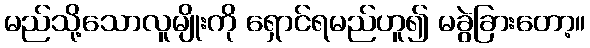
မည်သို့သောလူမျိုးကို ရှောင်ရမည်ဟူ၍ မခွဲခြားတော့။